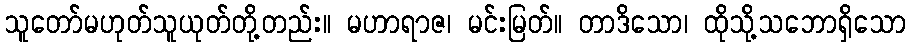
သူတော်မဟုတ်သူယုတ်တို့တည်း။ မဟာရာဇ၊ မင်းမြတ်။ တာဒိသော၊ ထိုသို့သဘောရှိသော